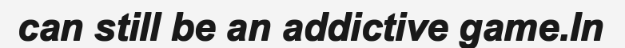
can still be an addictive game.In